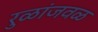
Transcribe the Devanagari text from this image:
रुळांजवळ